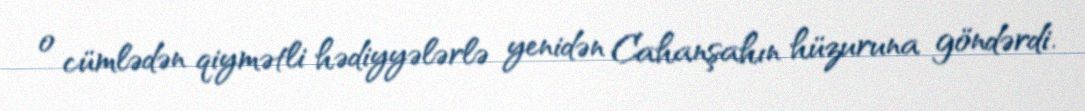
o cümlədən qiymətli hədiyyələrlə yenidən Cahanşahın hüzuruna göndərdi.